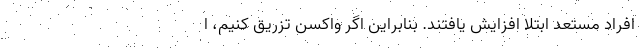
افراد مستعد ابتلا افزایش یافتند. بنابراین اگر واکسن تزریق کنیم، ا